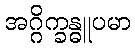
အဂ္ဂိက္ခန္ဓူပမာ